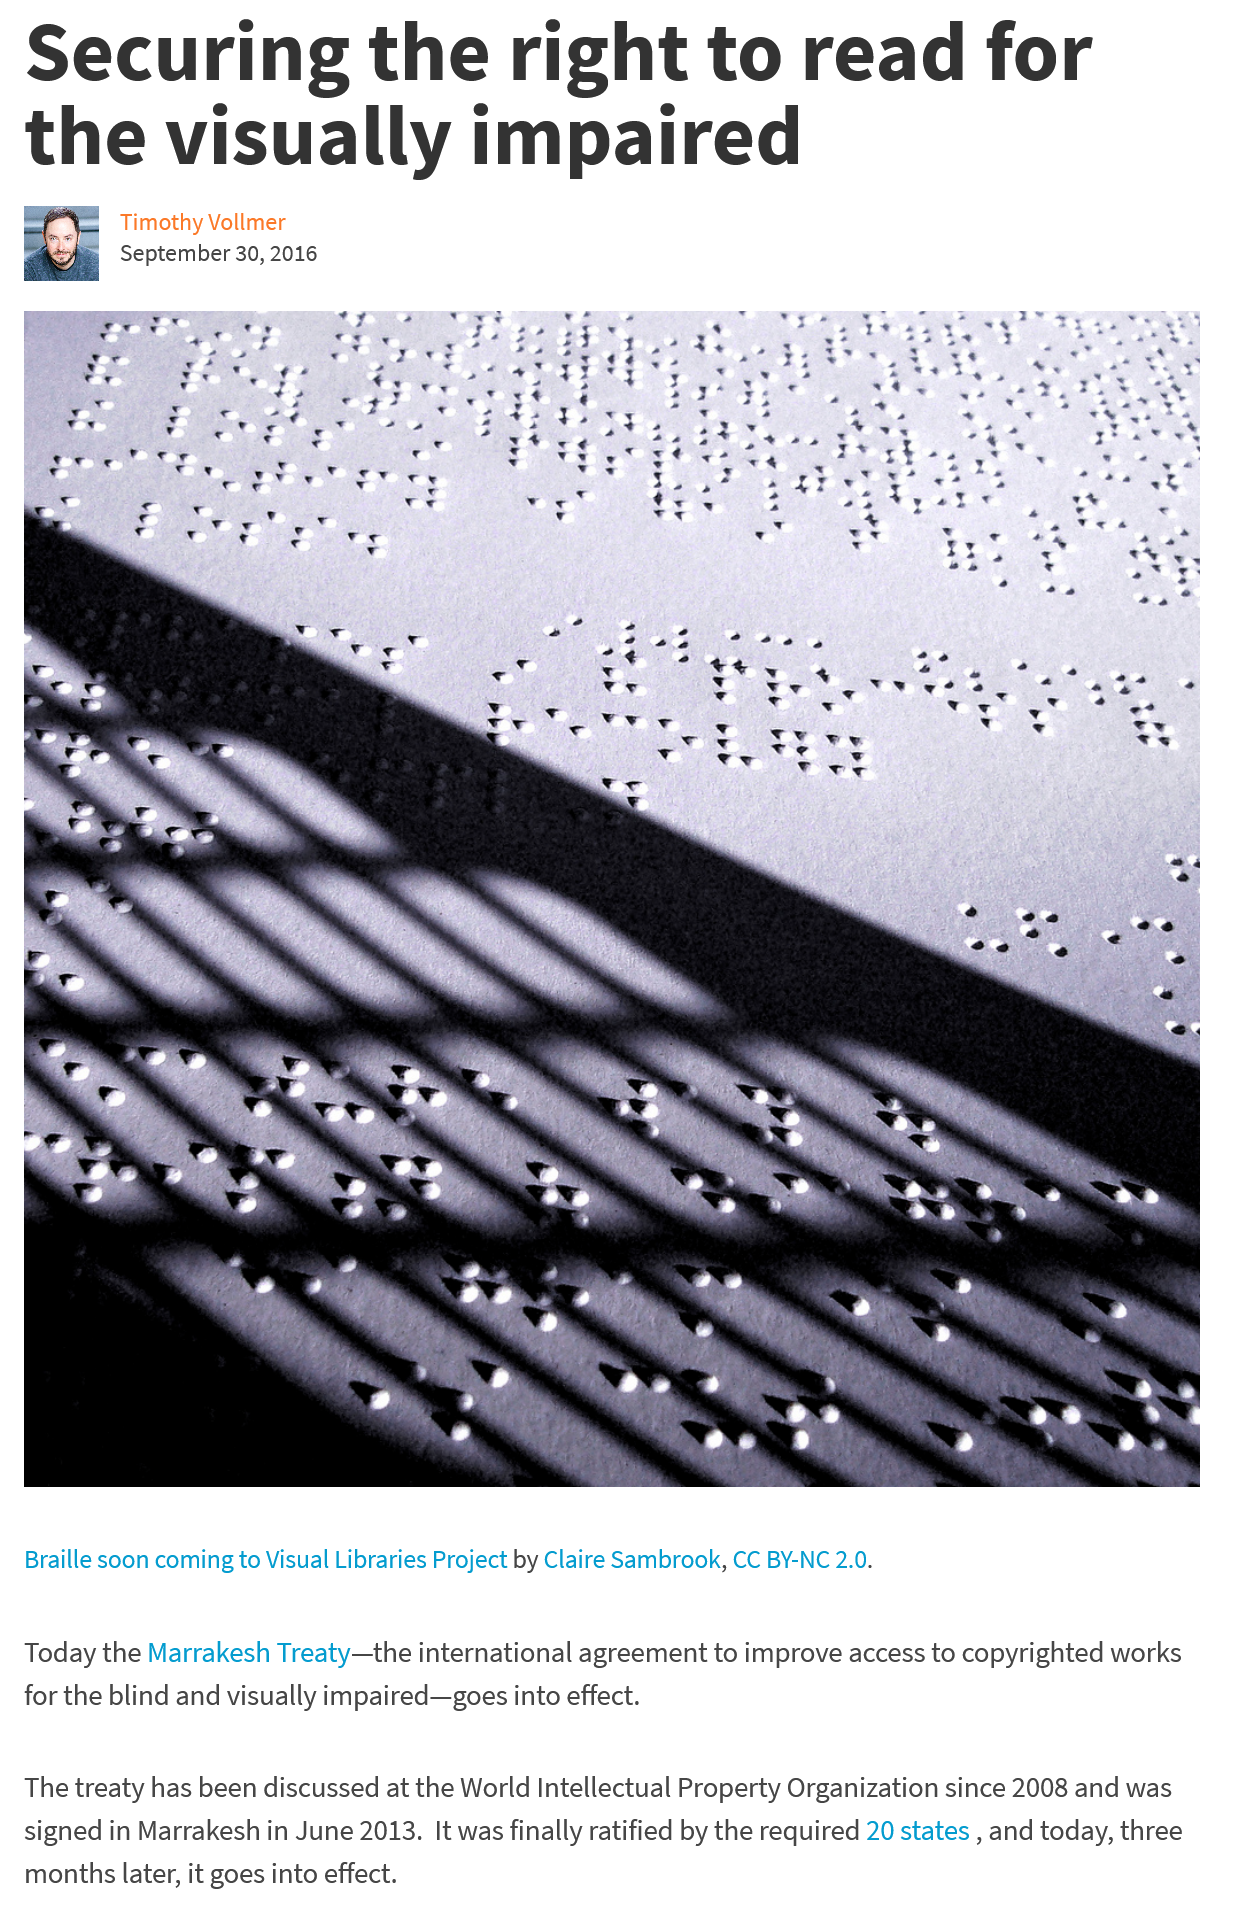
Securing    the    right    to    read    for
  the    visually    impaired
     Timothy Vollmer
     Cantambhar2n 9n16

     ied
     ,
     ¢
     os
     ¢
     fe
     %
     ‘
     »*
     4
     pea
     Re
     Oe
     nae
     Pee?
     raser be”
     ae
     z
     .
     a
     pe
     rr
     DP
     4¥.
     :
     ov
     ete
     ed
     oe
     mrarh
     ar
     t
     eaeaee
     eb
     <P
     St
     bere
     eee
     Om, A
     adi
     ve
     >
     .
     "
     “i
     ry
     >
     c
     +
     +
     e
     >
     te
     >
     %
     a
     ,
     Xb
     .
     Phe
     ‘
     e
     me
     .
     e
     *
     L
     is
     re
     -
     r?
     wt
     es
     ‘
     eh
     ‘
     au
     ’
     at
     ye
     *
     we
     aa’
     , r
     4
     4
     nd
     ¢
     as
     .
     P
     Po
     ‘
     rw,
     ne
     .Y
     ,
     ere
     ee
  Braille soon coming to Visual Libraries Project by Claire Sambrook, CC BY-NC 2.0.
  Today the Marrakesh Treaty—the international agreement to improve access to copyrighted works
  for the blind and visually impaired—goes into effect.
  The treaty has been discussed at the World Intellectual Property Organization since 2008 and was
  signed in Marrakesh in June 2013. It was finally ratified by the required 20 states
     ,
     and today, three
  months later, it goes into effect.